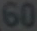
60